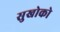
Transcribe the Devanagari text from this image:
सुखोको